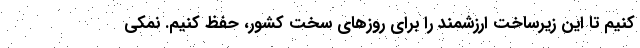
کنیم تا این زیرساخت ارزشمند را برای روزهای سخت کشور، حفظ کنیم. نمکی